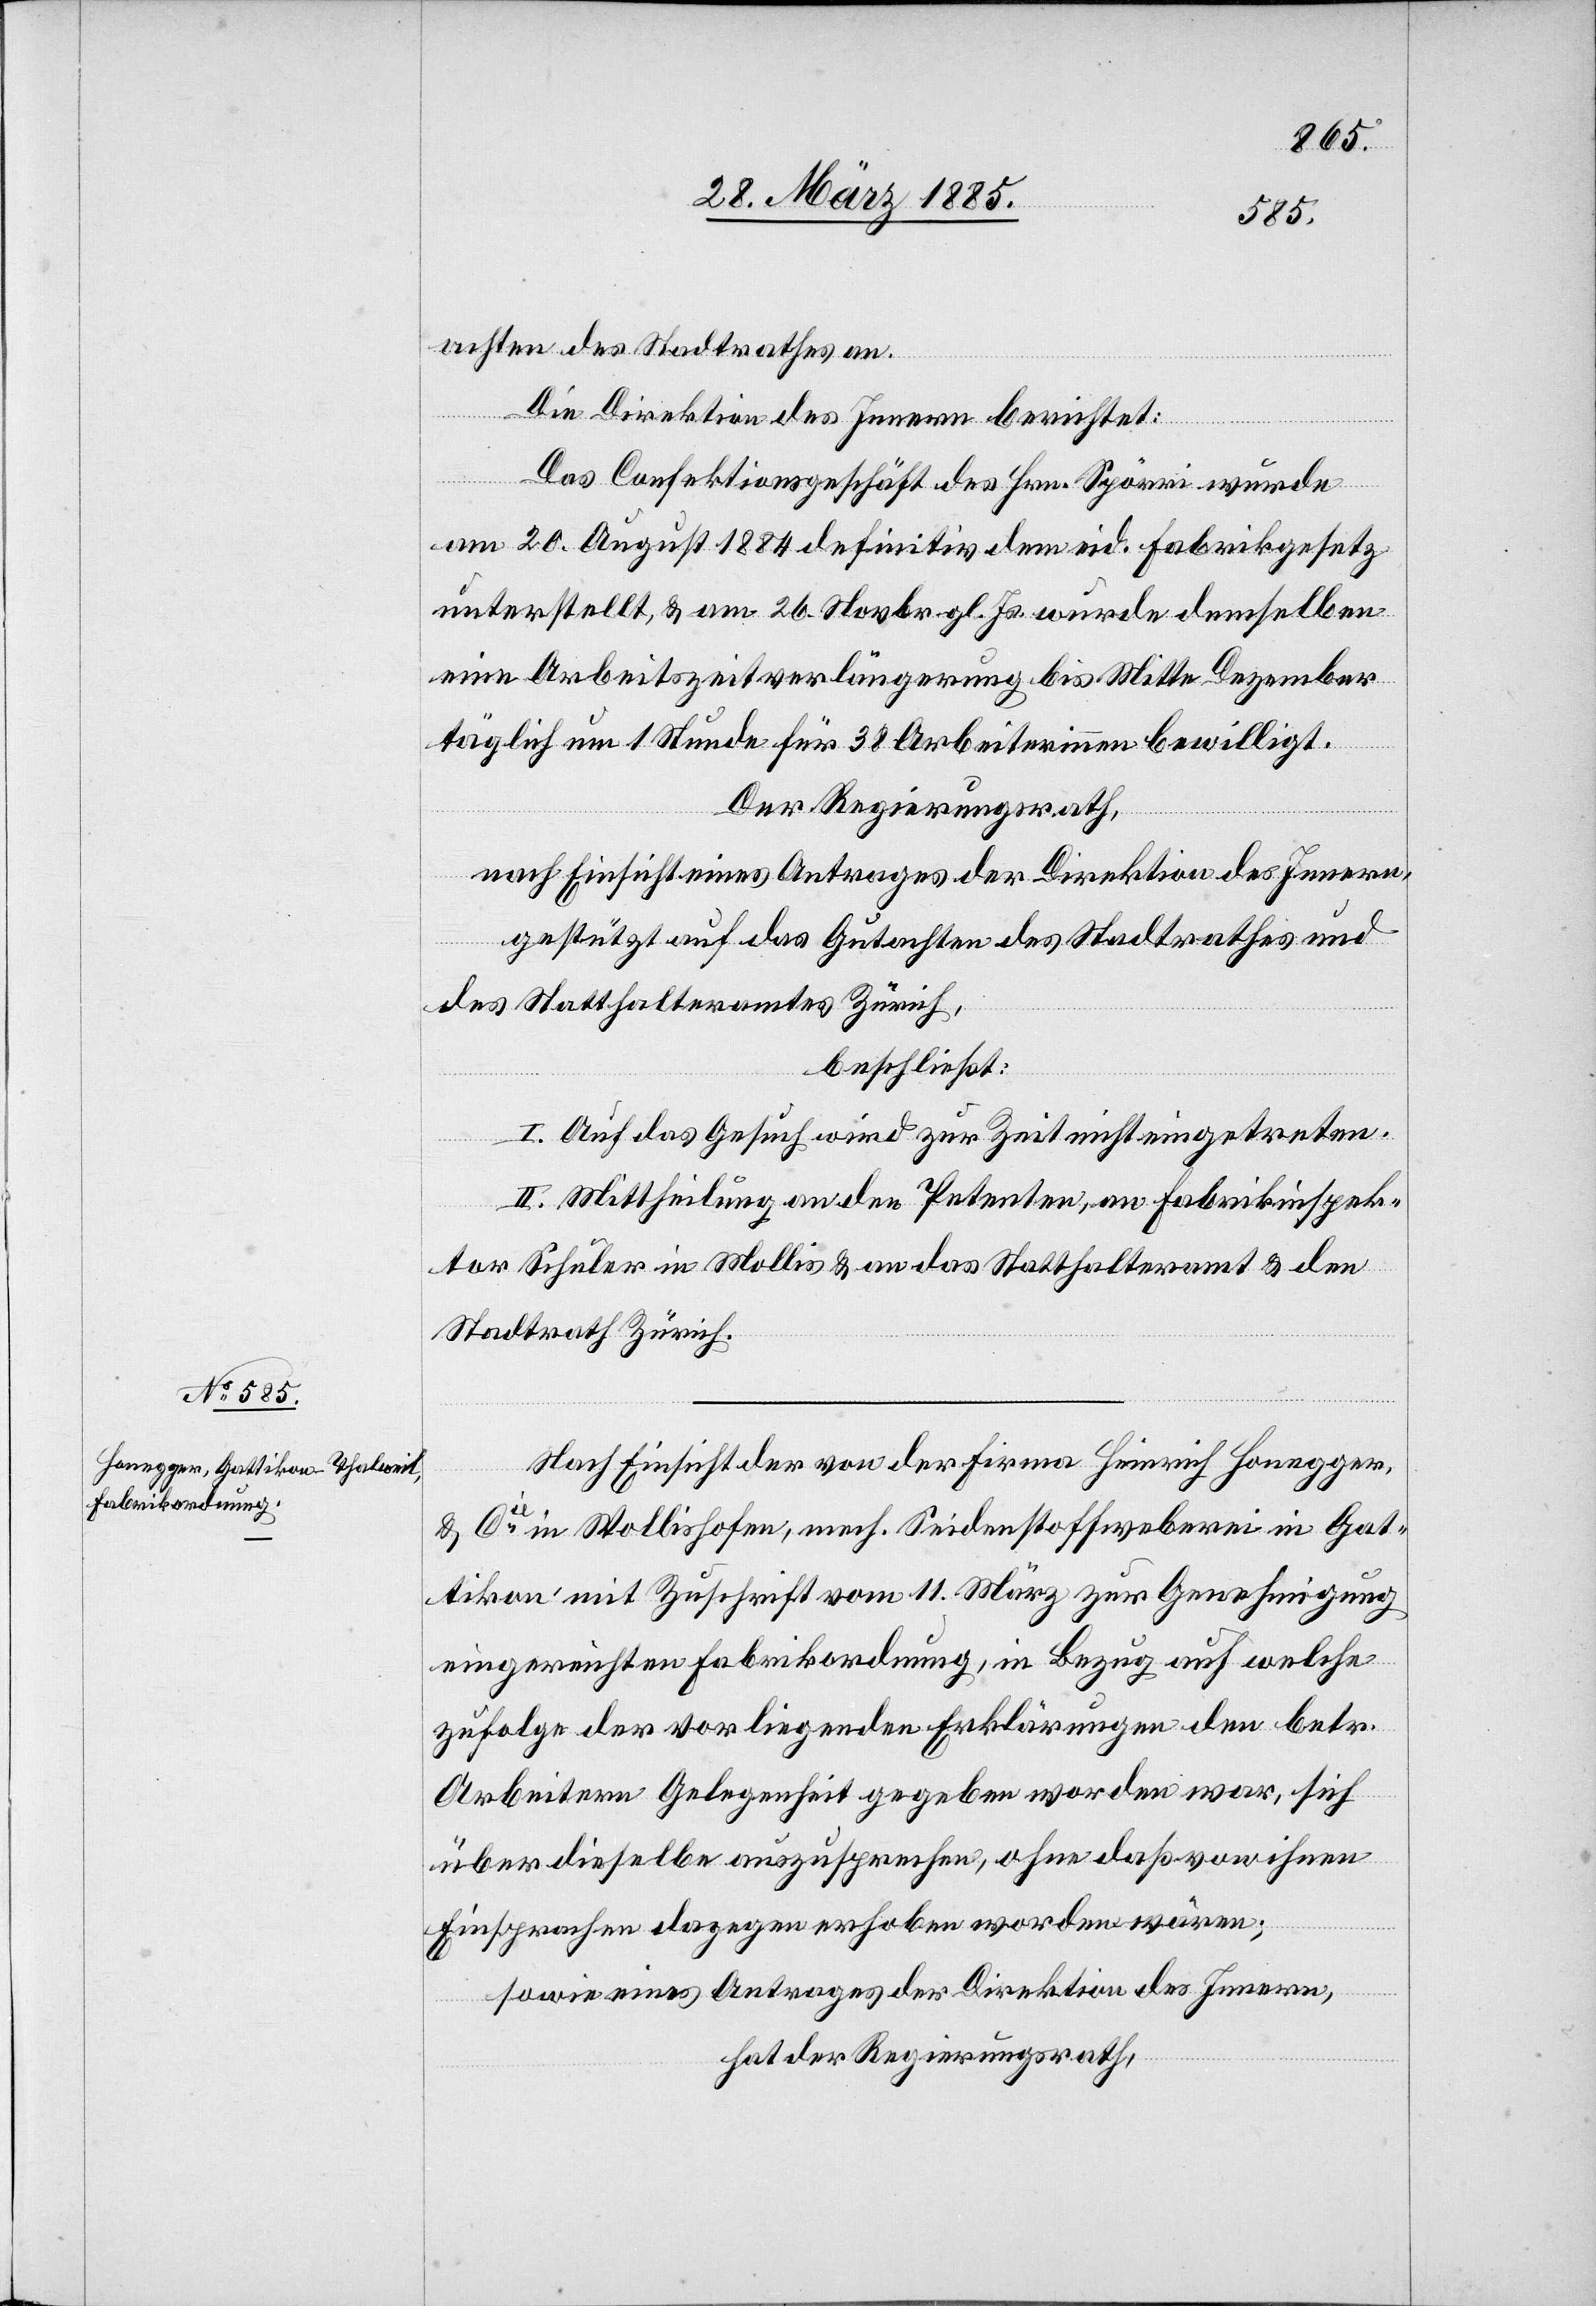
achten des Stadtrathes an.
Die Direktion des Innern berichtet:
Das Confektionsgeschäft des Hrn. Spörri wurde
am 20. August 1884 definitiv dem eid. Fabrikgesetz
unterstellt, & am 26. Novbr. gl. Js. wurde demselben
eine Arbeitszeitverlängerung bis Mitte Dezember
täglich um 1 Stunde für 38 Arbeiterinnen bewilligt.
Der Regierungsrath,
nach Einsicht eines Antrages der Direktion des Innern,
gestützt auf das Gutachten des Stadtrathes und
des Statthalteramtes Zürich,
beschließt:
I. Auf das Gesuch wird zur Zeit nicht eingetreten.
II. Mittheilung an den Petenten, an Fabrikinspek¬
tor Schuler in Mollis & an das Statthalteramt & den
Stadtrath Zürich
Nach Einsicht der von der Firma Heinrich Honegger
& Cie in Wollishofen, mech. Seidenstoffweberei in Gat¬
tikon mit Zuschrift vom 11. März zur Genehmigung
eingereichten Fabrikordnung, in Bezug auf welche
zufolge der vorliegenden Erklärungen den betr.
Arbeitern Gelegenheit gegeben worden war, sich
über dieselbe auszusprechen, ohne daß von ihnen
Einsprachen dagegen erhoben worden wären;
sowie eines Antrages der Direktion des Innern,
hat der Regierungsrath,